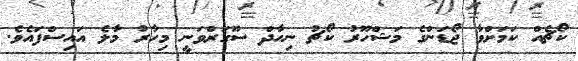
ކޯޗެއް ކަމަށްވާ ޖޯޑަންގެ މަޝްހޫރު ކޯޗު ނިހާދް ސޫގަރްވަނީ މިހާރު މާލެ އައިސްފައެވެ.